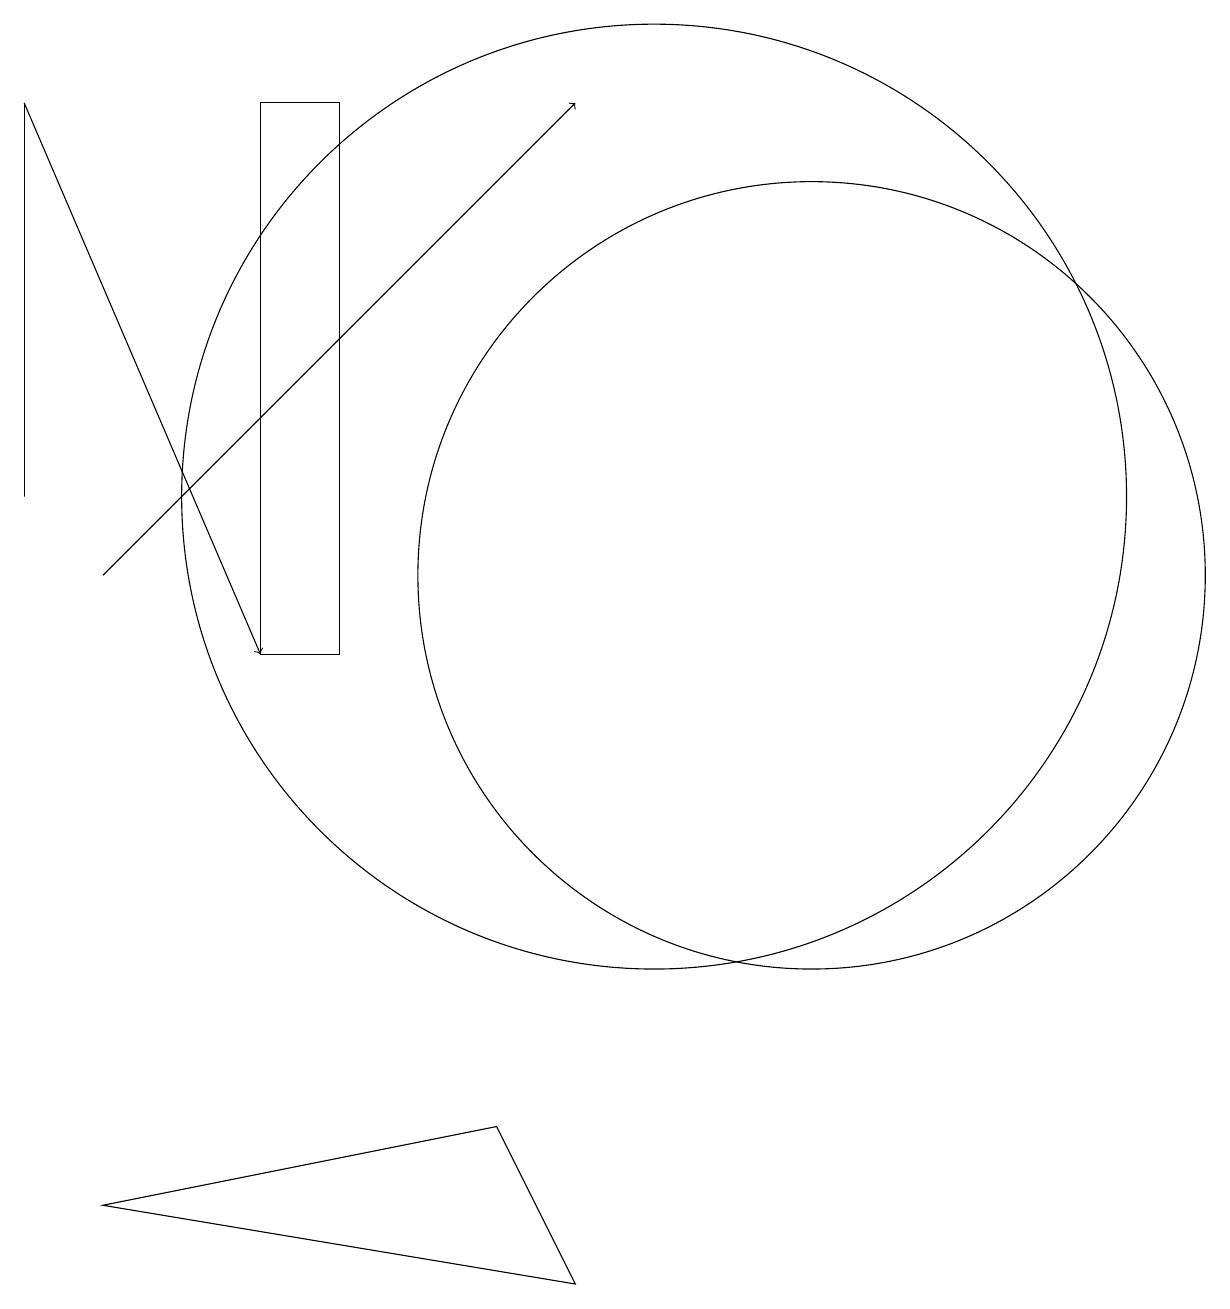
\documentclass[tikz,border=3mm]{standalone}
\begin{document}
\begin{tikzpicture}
\draw[->] (3,11) -- (9,17);
\draw (8,4) -- (3,3) -- (9,2) -- cycle;
\draw (2,17) rectangle (2,12);
\draw[->] (2,17) -- (5,10);
\draw (12,11) circle (5);
\draw (10,12) circle (6);
\draw (5,17) rectangle (6,10);
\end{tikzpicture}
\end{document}